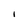
Character: I